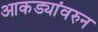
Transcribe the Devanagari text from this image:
आकड्यांवरुन